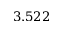
3 . 5 2 2